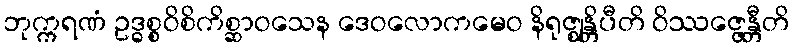
ဘုက္ကရဏံ ဥဒ္ဓစ္စဝိစိကိစ္ဆာဝသေန ဒေဝလောကမေဝ နိရုဇ္ဈန္တိပီတိ ဝိဿဇ္ဇေန္တီတိ